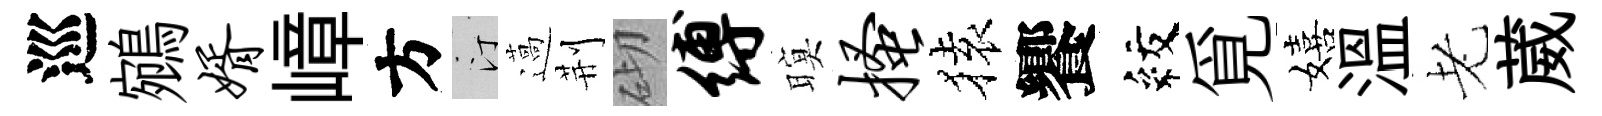
巡鵷婿嶂方汀薖荆砌缚暝搔𫞤饗紋覓嬉溫老葳